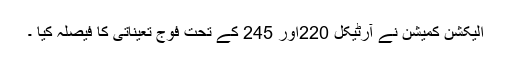
الیکشن کمیشن نے آرٹیکل 220اور 245 کے تحت فوج تعیناتی کا فیصلہ کیا ۔